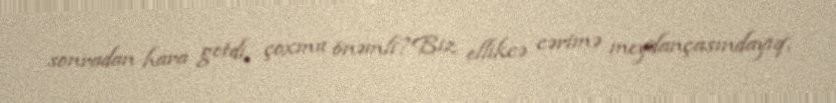
sonradan hara getdi, çoxmu önəmli?Biz ellikcə cərimə meydançasındayıq,